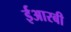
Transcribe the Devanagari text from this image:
ईआरबी